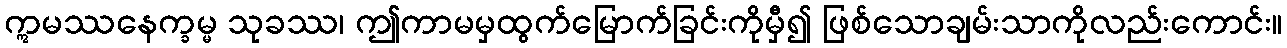
ဣမဿနေက္ခမ္မ သုခဿ၊ ဤကာမမှထွက်မြောက်ခြင်းကိုမှီ၍ ဖြစ်သောချမ်းသာကိုလည်းကောင်း။